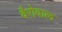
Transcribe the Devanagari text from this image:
वैरोवाल